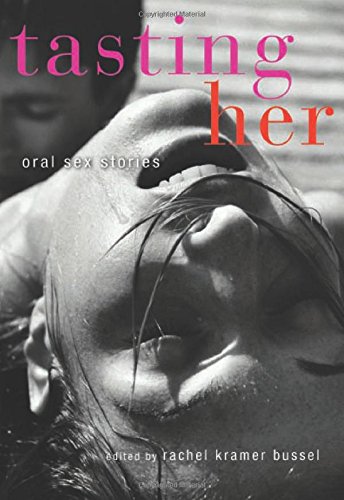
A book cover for Tasting Her: Oral Sex Stories; Romance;